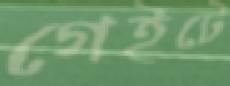
গেইটে